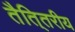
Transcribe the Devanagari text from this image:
तैति्तरीय